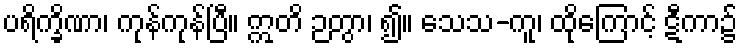
ပရိက္ခိဏာ၊ ကုန်ကုန်ပြီ။ ဣတိ ဉတွာ၊ ၍။ သေသ-ကူ၊ ထိုကြောင့် ဋီကာ၌